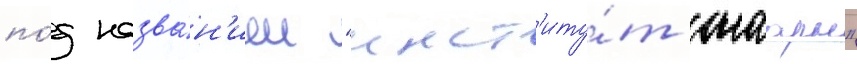
по́д назва́н'ием "инст'иту́т саарн"